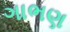
ગાભણ